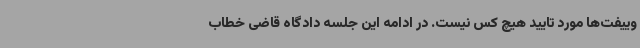
وییفت‌ها مورد تایید هیچ کس نیست. در ادامه این جلسه دادگاه قاضی خطاب